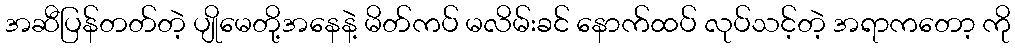
အဆီပြန်တတ်တဲ့ ပျိုမေတို့အနေနဲ့ မိတ်ကပ် မလိမ်းခင် နောက်ထပ် လုပ်သင့်တဲ့ အရာကတော့ ကို